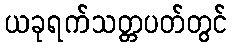
ယခုရက်သတ္တပတ်တွင်